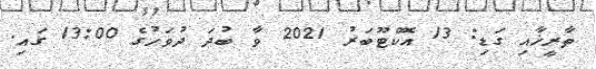
ތާރީޚާއި ގަޑި: 13 އޮކްޓޫބަރު 2021 ވާ ބުދަ ދުވަހުގެ 13:00 ގައި.